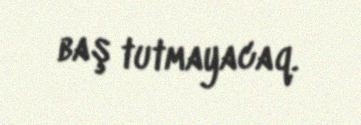
baş tutmayacaq.